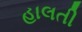
હાલતી